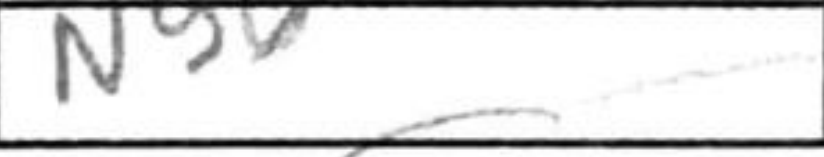
Transcription: Ng6